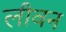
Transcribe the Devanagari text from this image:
लीवन